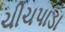
ચીચપાડા